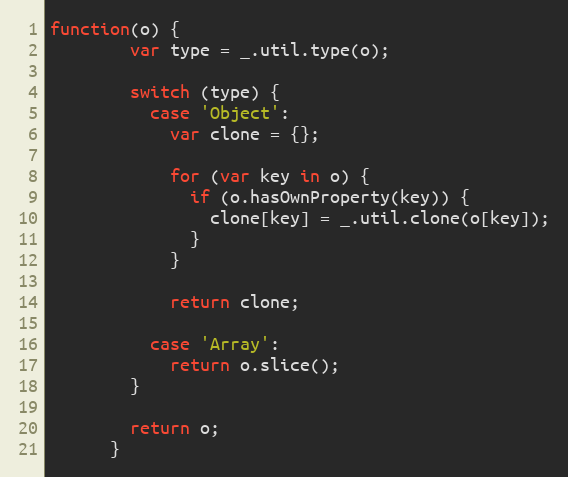
Language: JavaScript
function(o) {
        var type = _.util.type(o);

        switch (type) {
          case 'Object':
            var clone = {};

            for (var key in o) {
              if (o.hasOwnProperty(key)) {
                clone[key] = _.util.clone(o[key]);
              }
            }

            return clone;

          case 'Array':
            return o.slice();
        }

        return o;
      }